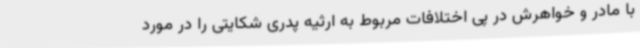
با مادر و خواهرش در پی اختلافات مربوط به ارثیه پدری شکایتی را در مورد